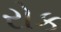
રોક